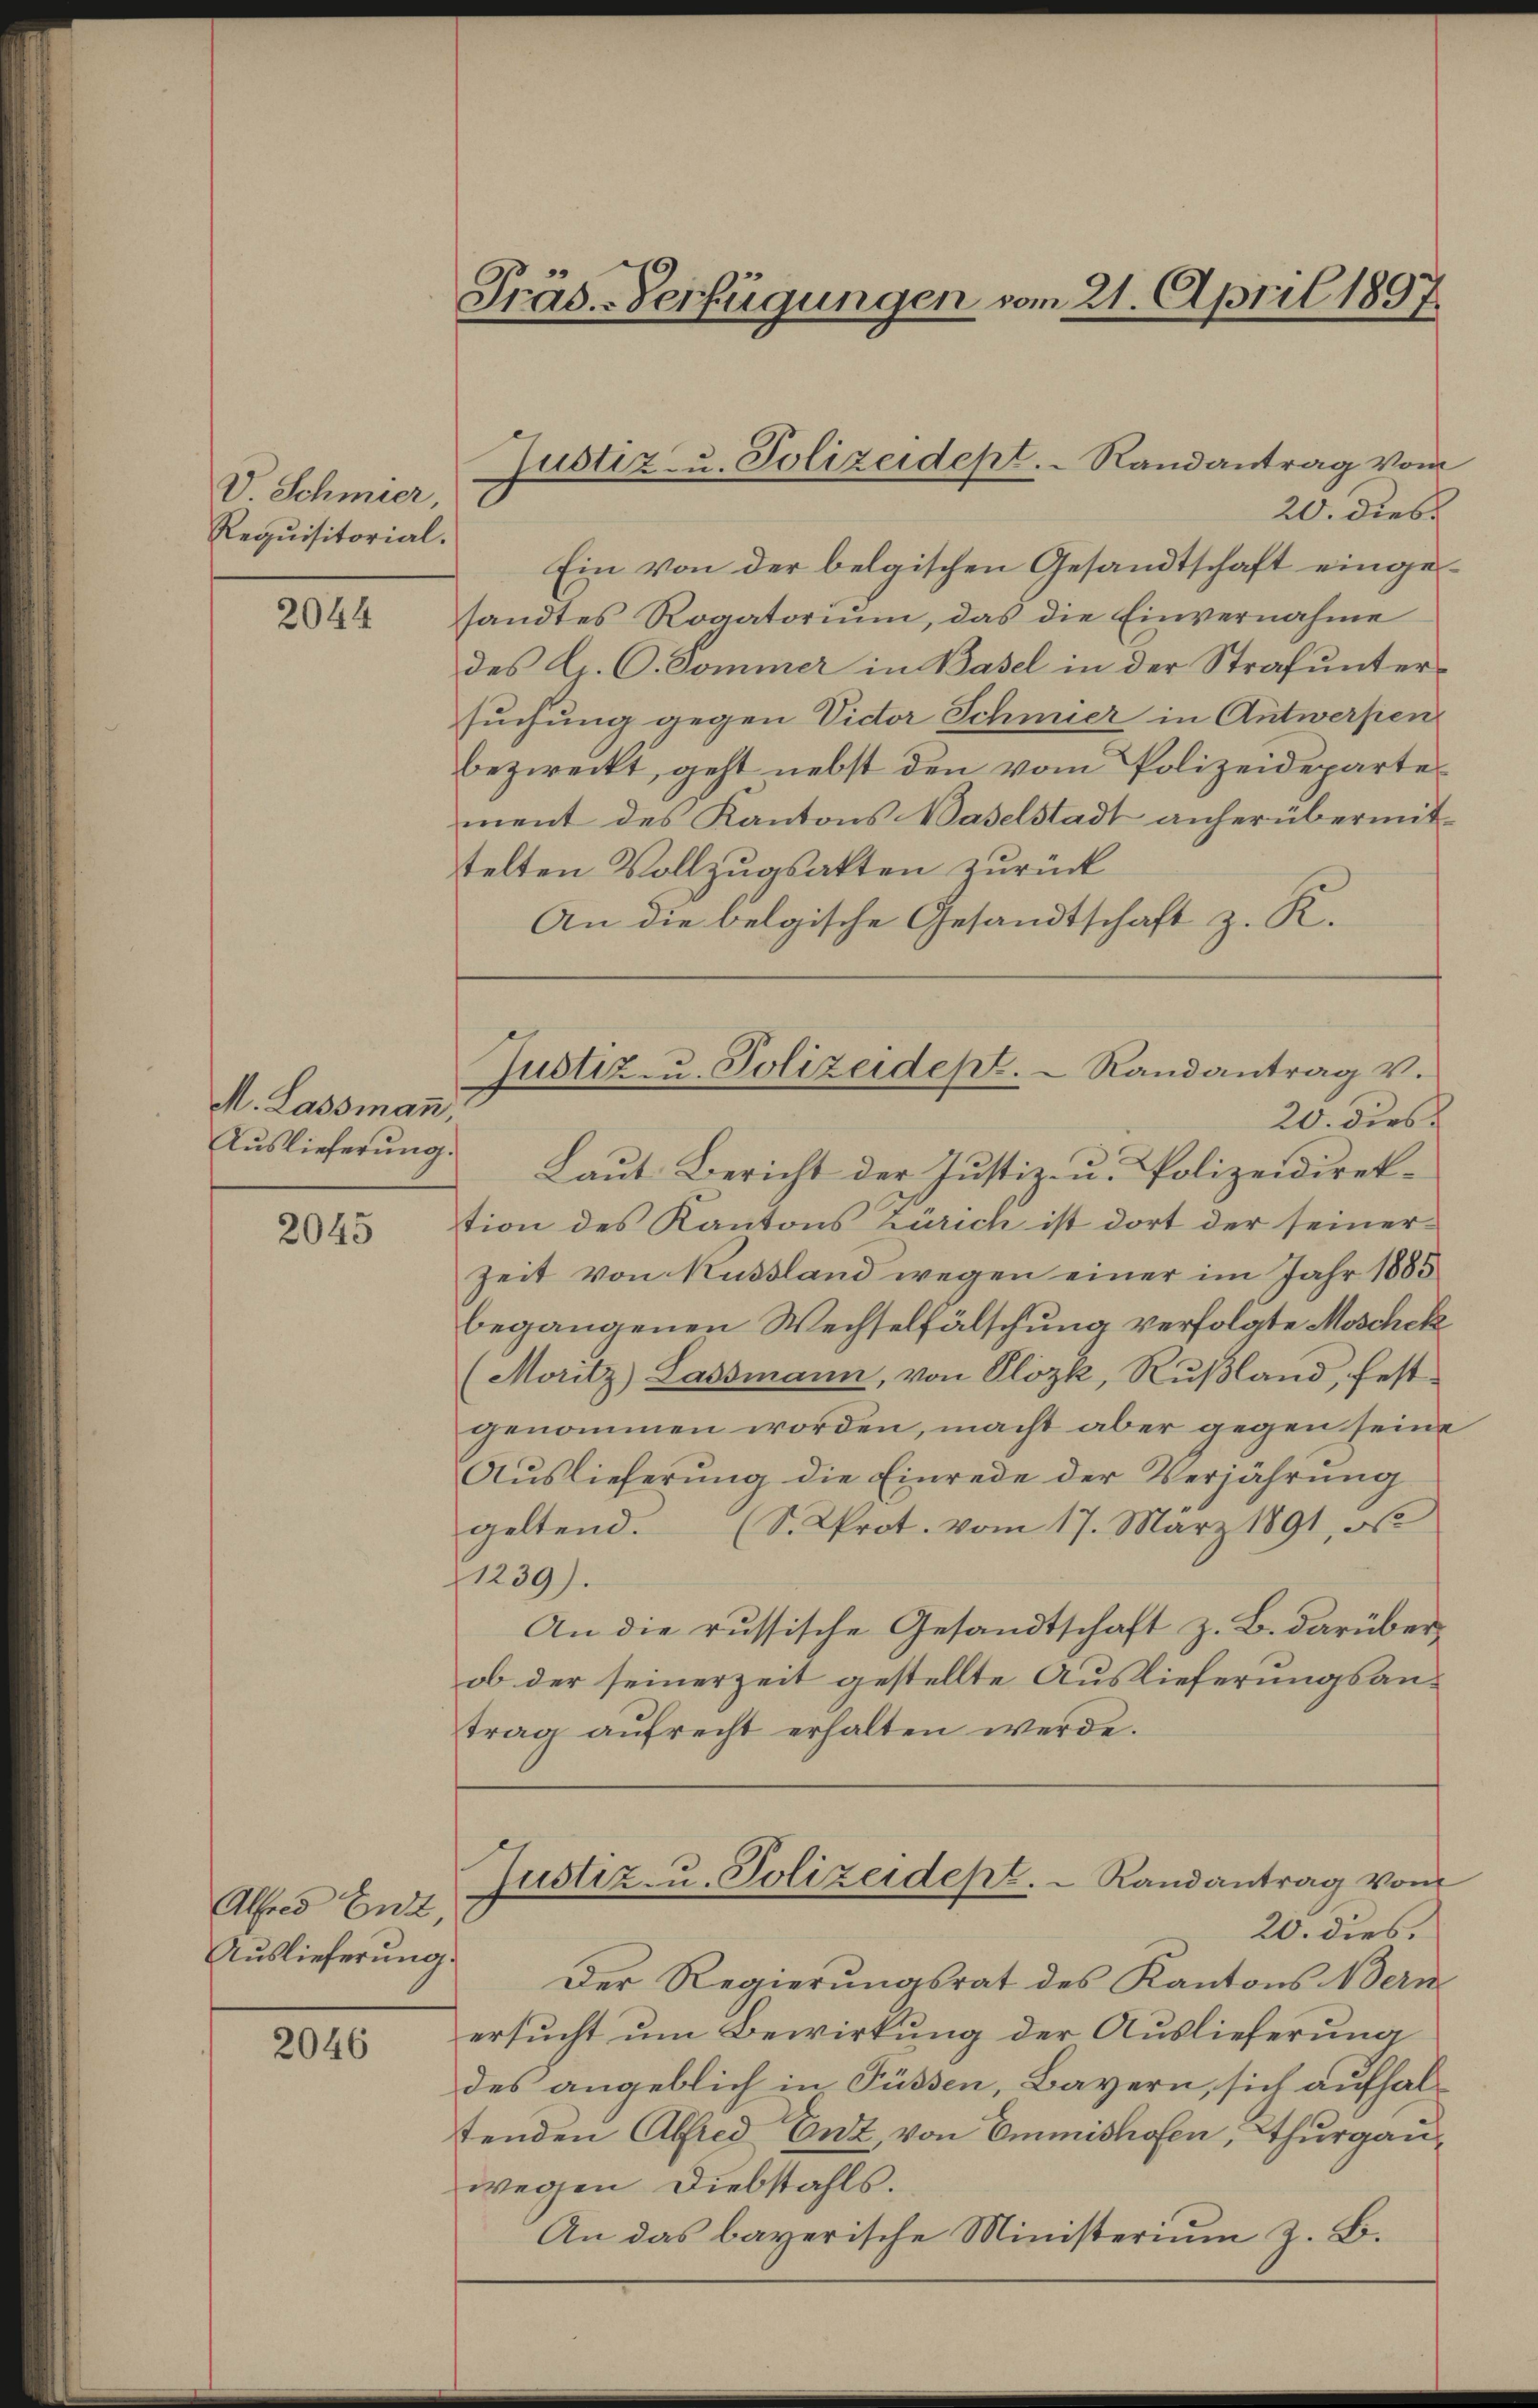
V Schmier,
Requisitorial.

2044

M. Lassmann,
Auslieferung.

2045

Alfred Ent,
Auslieferung.

2046

Präs.-Verfügungen vom 21. April 1897.

Justiz- u. Polizeidept. Randantrag vom

Justiz u. Polizeidept. Randantrag v.

20. dies
Ein von der belgischen Gesandtschaft eingesandtes Rogatorium, das die Einvernahme
des G. C. Sommer in Basel in der Strafuntersuchung gegen Victor Schmier in Antwerpen
bezweckt, geht nebst den vom Polizeidepartement des Kantons Waselstadt anherübermit-
telten Vollzugsakten zurück
An die belgische Gesandtschaft z. R.
20. dies
Laut Bericht der Justiz- u. Polizeidirektion des Kantons Zürich ist dort der seiner¬
Zeit von Kussland wegen einer im Jahr 1885
begangenen Wechselfälschung verfolgte Moschek
(Moritz) Lassmann, von Plozk, Rŭβland, fest-
genommen worden, macht aber gegen seine
Auslieferung die Einrede der Verjährung
geltend. (S. Prot. vom 17. März 1891, ob
1239).
An die russische Gesandtschaft z. B. darüberob der seinerzeit gestellte Auslieferungsantrag aŭfrecht erhalten werde.
Justiz- u. Polizeidept.  Randantrag von
20. dies
Der Regierungsrat des Kantons ern
ersucht um Bewirkung der Auslieferung
des angeblich in Füssen, Bayern, sich aufhaltenden Alfred Enz, von Emmishofen, Thurgauwegen Diebstahls.
An das bayerische Ministerium z. B.